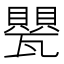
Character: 甖